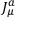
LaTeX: J _ { \mu } ^ { a }